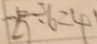
2 5 \div 6 = 4